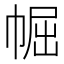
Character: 𱜭